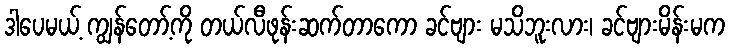
ဒါပေမယ့် ကျွန်တော့်ကို တယ်လီဖုန်းဆက်တာကော ခင်ဗျား မသိဘူးလား၊ ခင်ဗျားမိန်းမက